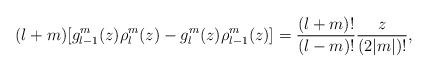
LaTeX: \begin{align*}(l+m)[g_{l-1}^m(z)\rho_l^m(z)-g_l^m(z)\rho_{l-1}^m(z)]=\frac{(l+m)!}{(l-m)!}\frac{z}{(2|m|)!},\end{align*}